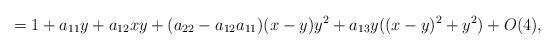
LaTeX: \begin{align*}=1+a_{11}y+a_{12}xy+(a_{22}-a_{12}a_{11})(x-y)y^2+a_{13}y((x-y)^2+y^2)+O(4),\end{align*}